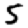
Digit: 5